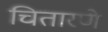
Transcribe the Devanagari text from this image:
चितारणे